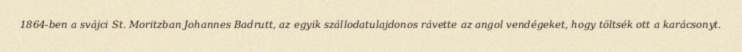
1864-ben a svájci St. Moritzban Johannes Badrutt, az egyik szállodatulajdonos rávette az angol vendégeket, hogy töltsék ott a karácsonyt.